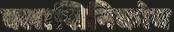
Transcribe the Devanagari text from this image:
क्लाशिनिकोव